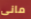
مانى